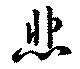
悲